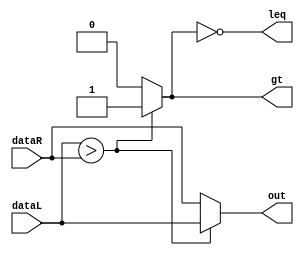
`timescale 1ns / 1ps

//////////////////////////////////////////////////////////////////////////////////
module COMPARATORM3(out,
                    leq,
                    gt,
                    dataL,
                    dataR);
output[31:0] out;
output leq,
       gt;
input[31:0] dataL,
            dataR;
assign out=(dataL>dataR)?dataL:dataR;
assign gt=(dataL>dataR)?1'b1:1'b0;
not(leq,gt);                  
endmodule